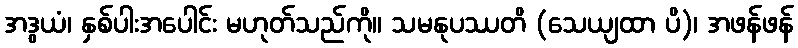
အဒွယံ၊ နှစ်ပါးအပေါင်း မဟုတ်သည်ကို။ သမနုပဿတိ (သေယျထာ ပိ)၊ အဖန်ဖန်